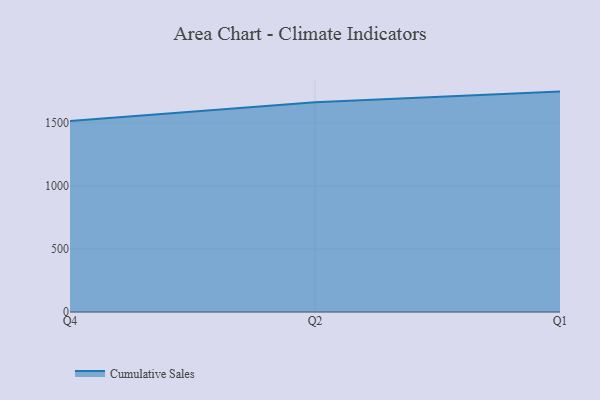
{"axis": {"x": "Quarter", "y": "Tickets Resolved"}, "legend": ["Cumulative Sales"], "data": [{"x": "Q4", "y": 1516.0, "type": "Cumulative Sales"}, {"x": "Q2", "y": 1664.7, "type": "Cumulative Sales"}, {"x": "Q1", "y": 1748.8, "type": "Cumulative Sales"}]}